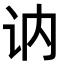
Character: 讷